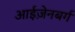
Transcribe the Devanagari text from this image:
आईज़ेनबर्ग